Vaccination North-Western Provinces and Oudh 1896-1901 - 1896-1901
Year: 1896
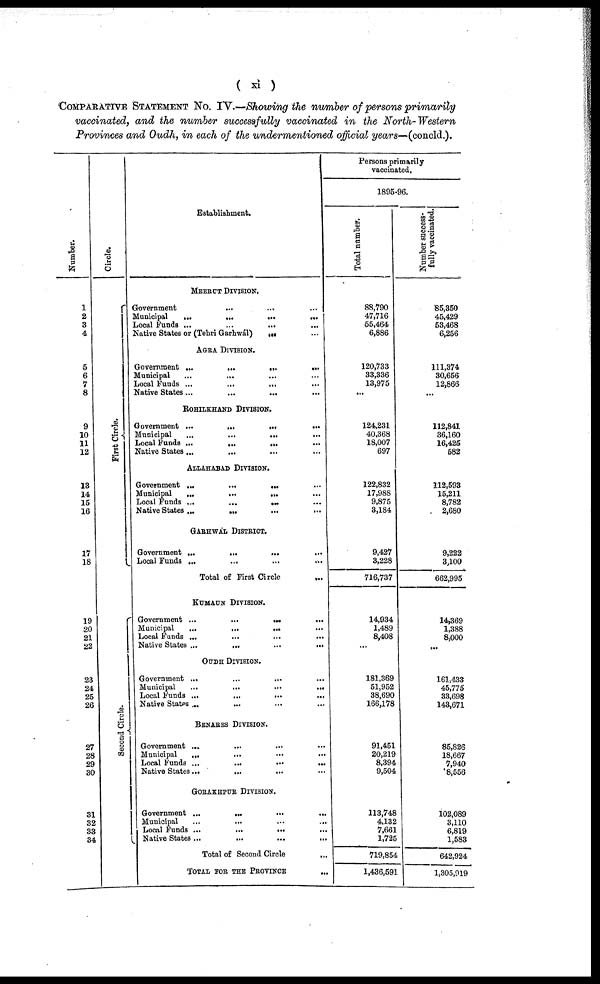
( xi )
COMPARATIVE STATEMENT No. IV.—Showing the number of persons primarily
vaccinated, and the number successfully vaccinated in the North-Western
Provinces and Oudh, in each of the undermentioned official years—(concld.).
Number.
1
2
3
4
5
6
7
8
9
10
11
12
13
14
15
16
17
18
19
20
21
22
23
24
25
26
27
28
29
30
31
32
33
34
Circle.
First Circle.
Second Circle.
Establishment.
MEERUT DIVISION.
Government
...
... ...
Municipal
...
...
...
...
Local Funds ... ... ... ...
Native States or (Tehri Garhwál) ... ...
AGRA DIVISION.
Government ...
...
...
...
Municipal ... ... ... ...
Local Funds ...
...
... ...
Native States... ... ... ...
ROHILKHAND DIVISION.
Government ...
...
...
...
Municipal
...
...
...
...
Local Funds ...
...
... ...
Native States ... ... ... ...
ALLAHABAD DIVISION.
Government ...
...
... ...
Municipal
...
...
... ...
Local Funds ...
...
...
...
Native States ...
...
...
...
GARHWAL DISTRICT.
Government ...
...
... ...
Local Funds ... ... ... ...
Total of First Circle
...
KUMAUN DIVISION.
Government ...
...
... ...
Municipal
...
...
... ...
Local Funds ...
...
...
...
Native States ...
...
...
...
OUDH DIVISION.
Government ...
...
... ...
Municipal
...
...
...
...
Local Funds ...
...
... ...
Native States ... ... ... ...
BENARES DIVISION.
Government ...
...
... ...
Municipal
... ... ... ...
Local Funds ...
...
...
...
Native States...
...
... ...
GORAKHPUR DIVISION.
Government ...
...
...
...
Municipal ... ... ... ...
Local Funds ...
...
... ...
Native States ... ... ... ...
Total of Second Circle
...
TOTAL FOR THE PROVINCE
...
Persons primarily
vaccinated.
1895-96.
Total number.
88,790
47,716
55,464
6,886
120,733
33,336
13,975
...
124,231
40,368
18,007
697
122,832
17,988
9,875
3,184
9,427
3,228
716,737
14,934
1,489
8,408
...
181,369
51,952
38,690
166,178
91,451
20,219
8,394
9,504
113,748
4,132
7,661
1,725
719,854
1,436,591
Number success-
fully vaccinated.
85,350
45,429
53,468
6,256
111,374
30,656
12,866
...
112,841
36,160
16,425
582
112,593
15,211
8,782
2,680
9,222
3,100
662,995
14,369
1,388
8,000
...
161,433
45,775
33,698
143,671
85,826
18,667
7,940
8,556
102,089
3,110
6,819
1,583
642,924
1,305,919